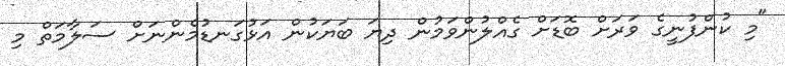
"މި ކުންފުނީގެ ވަރަށް ބޮޑަށް ގެއްލުންވަމުން ދިޔަ ބަޔަކުން އަޅުގަނޑުމެންނަށް ސަލާމަތް މި